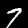
Digit: 7